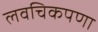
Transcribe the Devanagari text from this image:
लवचिकपणा